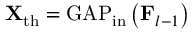
\mathbf { X } _ { \mathrm { t h } } = \operatorname { G A P } _ { \mathrm { i n } } \left( \mathbf { F } _ { l - 1 } \right)